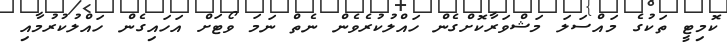
ކޮމިޓީ ތަކުގެ މައްސަލަ މަޝްވަރާކޮށްގެން ހައްލުކުރެވެން ނެތް ނަމަ ވޯޓަށް އަހައިގެން ހައްލުކުރުމާއި